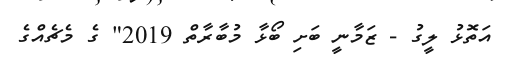
އަތޮޅު ލީގު - ޒަމާނީ ބަށި ބޯޅާ މުބާރާތް 2019" ގެ މެޗެއްގެ